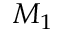
M _ { 1 }